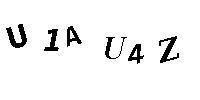
U1AU4Z